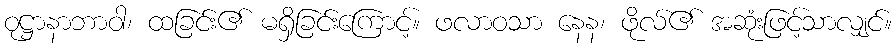
ဝုဋ္ဌာနာဘာဝါ၊ ထခြင်း၏ မရှိခြင်းကြောင့်။ ဖလာဝသာ နေန၊ ဖိုလ်၏ အဆုံးဖြင့်သာလျှင်။